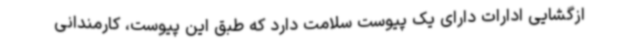
ازگشایی ادارات دارای یک پیوست سلامت دارد که طبق این پیوست، کارمندانی